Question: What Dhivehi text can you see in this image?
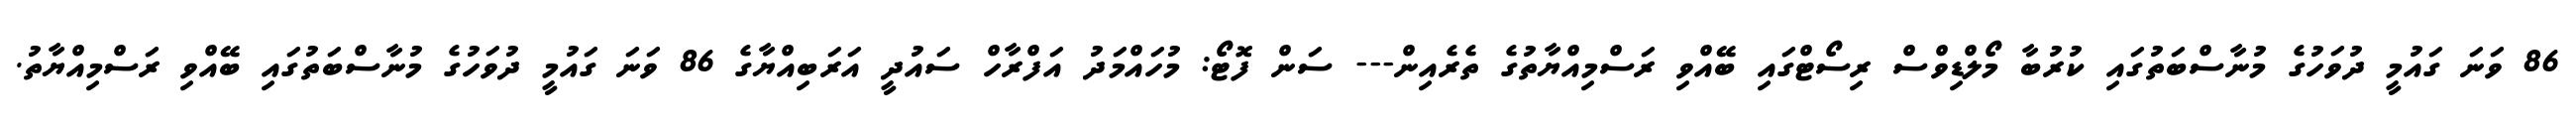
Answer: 86 ވަނަ ގައުމީ ދުވަހުގެ މުނާސްބަތުގައި ކުރުބާ މޯލްޑިވްސް ރިސޯޓްގައި ބޭއްވި ރަސްމިއްޔާތުގެ ތެރެއިން--- ސަން ފޮޓޯ: މުހައްމަދު އަފްރާހް ސައުދީ އަރަބިއްޔާގެ 86 ވަނަ ގައުމީ ދުވަހުގެ މުނާސްބަތުގައި ބޭއްވި ރަސްމިއްޔާތު.